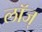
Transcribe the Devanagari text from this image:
लॉज्